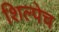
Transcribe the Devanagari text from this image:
शिल्पेच